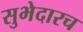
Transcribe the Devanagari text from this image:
सुभेदारच